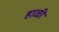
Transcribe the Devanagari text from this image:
हाळी